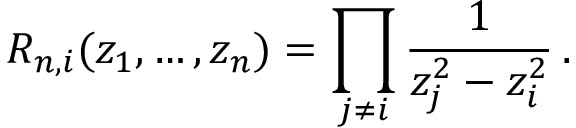
R _ { n , i } ( z _ { 1 } , \dots , z _ { n } ) = \prod _ { j \not = i } \frac { 1 } { z _ { j } ^ { 2 } - z _ { i } ^ { 2 } } \, .